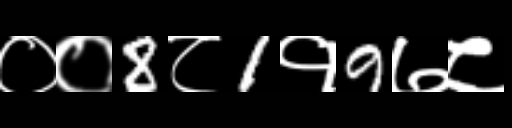
Text: ००8८1१9७८